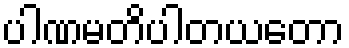
ပါဏမတိပါတယတော